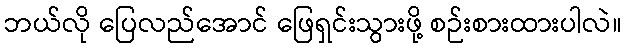
ဘယ်လို ပြေလည်အောင် ဖြေရှင်းသွားဖို့ စဉ်းစားထားပါလဲ။